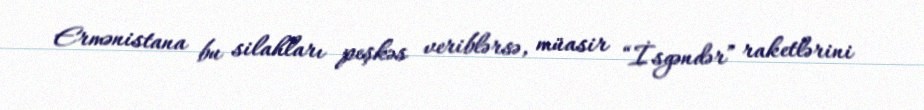
Ermənistana bu silahları peşkəs veriblərsə, müasir “İsgəndər” raketlərini